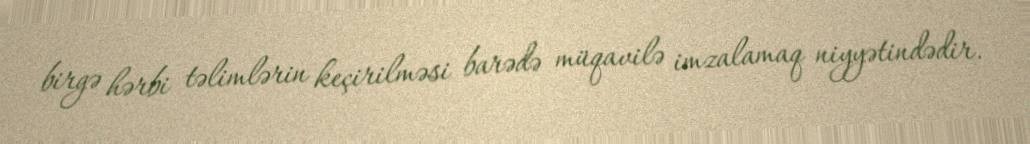
birgə hərbi təlimlərin keçirilməsi barədə müqavilə imzalamaq niyyətindədir.